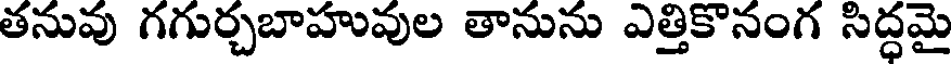
తనువు గగుర్చబాహువుల తానును ఎత్తికొనంగ సిద్ధమై